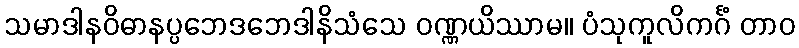
သမာဒါနဝိဓာနပ္ပဘေဒဘေဒါနိသံသေ ဝဏ္ဏယိဿာမ။ ပံသုကူလိကင်္ဂံ တာဝ